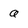
Character: Q